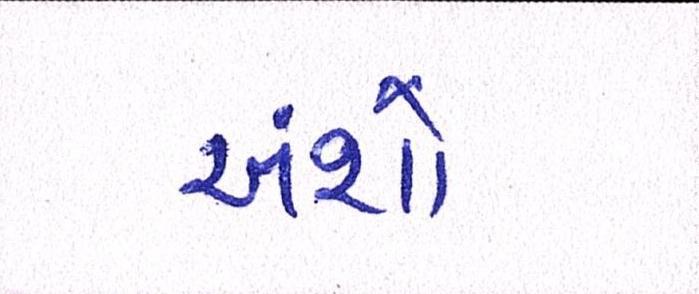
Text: અંશે